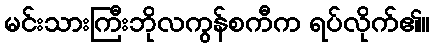
မင်းသားကြီးဘိုလကွန်စကီက ရပ်လိုက်၏။